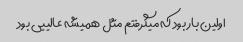
اولین بار بود که میگرفتم مثل همیشه عالییی بود